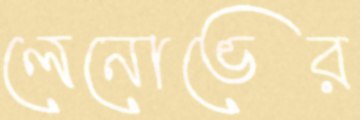
লেনোভের